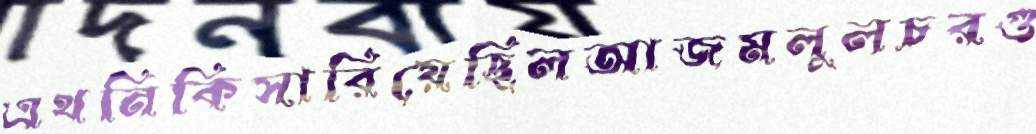
এথনিকিসারিয়েছিলআজমলুলচরগু